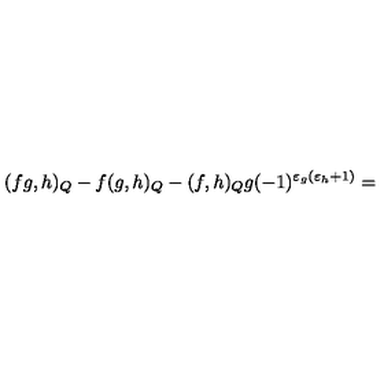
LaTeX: ( f g , h ) _ { Q } - f ( g , h ) _ { Q } - ( f , h ) _ { Q } g ( - 1 ) ^ { \varepsilon _ { g } ( \varepsilon _ { h } + 1 ) } =